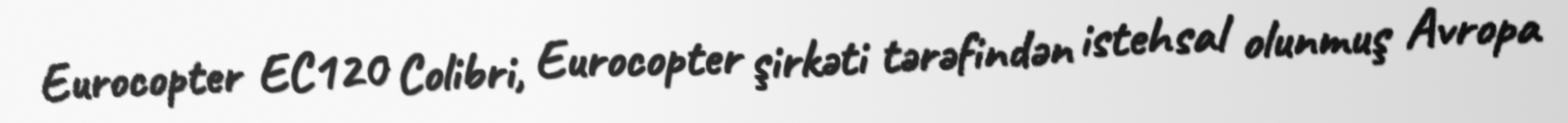
Eurocopter EC120 Colibri, Eurocopter şirkəti tərəfindən istehsal olunmuş Avropa